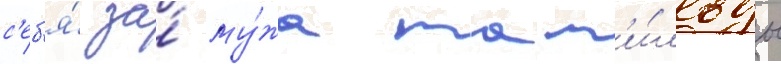
с'еб'я́ за́ му́жа мат'и́льды